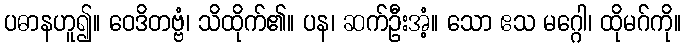
ပဓာနဟူ၍။ ဝေဒိတဗ္ဗံ၊ သိထိုက်၏။ ပန၊ ဆက်ဦးအံ့။ သော ဧသ မဂ္ဂေါ၊ ထိုမဂ်ကို။